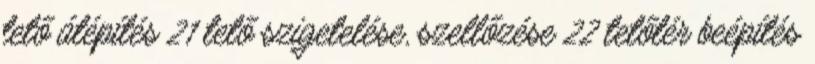
tető átépítés 21 tető szigetelése, szellőzése 22 tetőtér beépítés